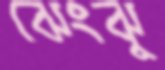
ঝেংঝু